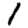
Digit: 1